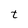
Character: t